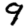
Digit: 9